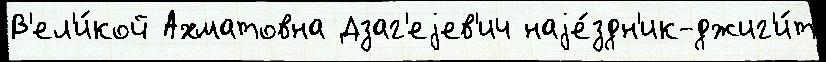
В'ел'и́кой Ахматовна Дзаг'еjев'ич наjе́здн'ик-джиг'и́т